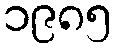
၁၉၈၅